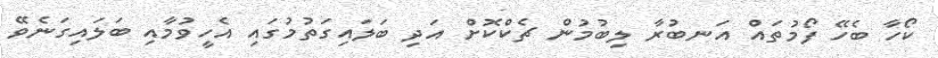
ކޯހާ ބެހޭ ފޯމުތައް އަނބުރާ ލިބުމުން ޗެކްކޮށް އަދި ބަލައިގަތުމުގައި އެހީވުމާއި ބަލައިގަނެވޭ